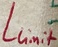
Text: Llimit